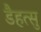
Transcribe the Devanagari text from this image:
डैहत्सु